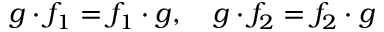
g \cdot f _ { 1 } = f _ { 1 } \cdot g , \quad g \cdot f _ { 2 } = f _ { 2 } \cdot g